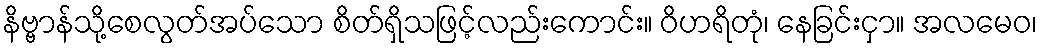
နိဗ္ဗာန်သို့စေလွတ်အပ်သော စိတ်ရှိသဖြင့်လည်းကောင်း။ ဝိဟရိတုံ၊ နေခြင်းငှာ။ အလမေဝ၊